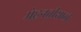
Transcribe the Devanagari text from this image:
मेहनतीसाठी